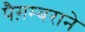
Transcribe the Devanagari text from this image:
पैग़म्बराने